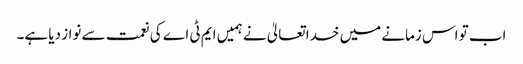
اب تو اس زمانے میں خدا تعالیٰ نے ہمیں ایم ٹی اے کی نعمت سے نواز دیا ہے۔